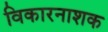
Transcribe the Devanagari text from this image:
विकारनाशक